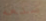
صنعه